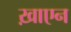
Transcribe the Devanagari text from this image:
ख़ाएन